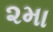
૨મા